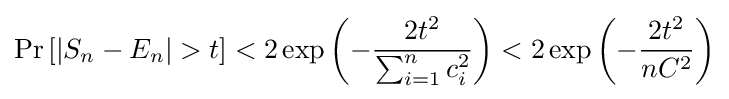
\Pr \left[|S_{n}-E_{n}|>t\right]<2\exp \left(-{\frac {2t^{2}}{\sum _{i=1}^{n}c_{i}^{2}}}\right)<2\exp \left(-{\frac {2t^{2}}{nC^{2}}}\right)